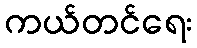
ကယ်တင်ရေး